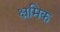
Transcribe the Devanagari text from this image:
क्ष्रमिक